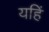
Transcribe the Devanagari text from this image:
यहिं